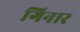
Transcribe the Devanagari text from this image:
गिनार